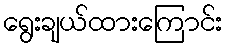
ရွေးချယ်ထားကြောင်း